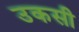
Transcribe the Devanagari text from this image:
उकसी